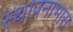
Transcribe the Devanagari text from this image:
स्थापनाभास